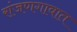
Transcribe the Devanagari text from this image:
रांजणगावात